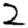
Digit: 2